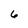
Character: 6